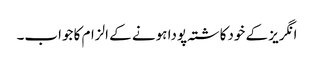
انگریز کے خودکاشتہ پودا ہونے کے الزام کا جواب۔